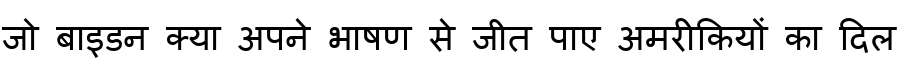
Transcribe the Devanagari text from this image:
जो बाइडन क्या अपने भाषण से जीत पाए अमरीकियों का दिल